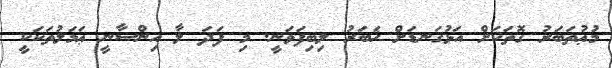
މުޢުތަބަރު ގޮތަކަށް އަޅުގަނޑަށް ޚަބަރު ލިބިފަވަނީ. މި ފަދަ ލާ އިންސާނީ ޢަމަލުތަކަކީ